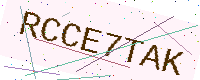
Text: RCCE7TAK